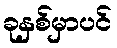
ခုနှစ်မှာပင်